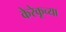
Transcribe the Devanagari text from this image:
केरेकूच्या